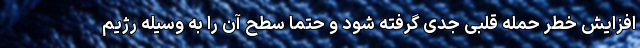
افزایش خطر حمله قلبی جدی گرفته شود و حتما سطح آن را به وسیله رژیم